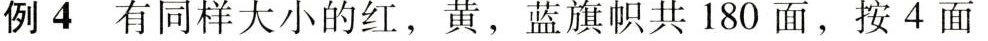
例4有同样大小的红，黄，蓝旗帜共180面，按4面